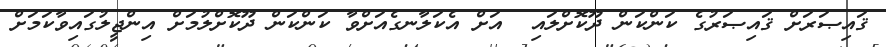
ޤައިޞަރަށް ޤައިޞަރުގެ ކަންކަން ދޫކޮށްލައި  އަށް އެކަލާނގެއަށްވާ ކަންކަން ދޫކޮށްލުމަށް އިންޖީލުގައިވާކަމަށް